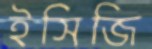
ইসিজি